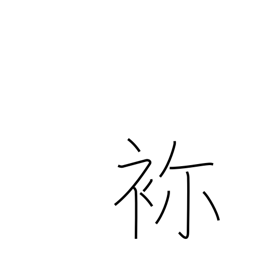
Meaning: embroidery